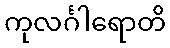
ကုလင်္ဂါရောတိ